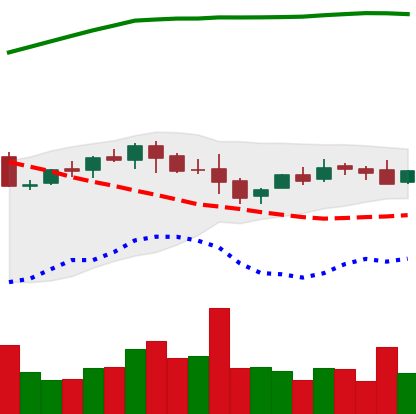
Ticker: LTC-USD
Chart end date: 2015-10-26
Forward return: 22.545%
Label: up_7plus